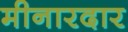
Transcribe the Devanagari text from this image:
मीनारदार